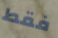
فقط